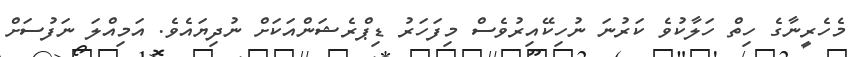
މެހެރީނާގެ ހިތް ހަލާކުވެ ކަރުނަ ނުހިކޭއިރުވެސް މިފަހަރު ޑިޕްރެޝަންއަކަށް ނުދިޔައެވެ. އަމިއްލަ ނަފުސަށް